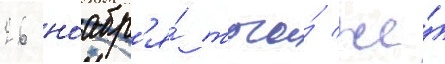
26 ноабр'я́ того́ же́